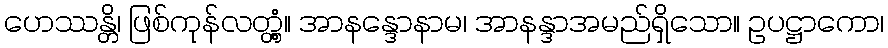
ဟေဿန္တိ၊ ဖြစ်ကုန်လတ္တံ့။ အာနန္ဒောနာမ၊ အာနန္ဒာအမည်ရှိသော။ ဥပဋ္ဌာကော၊